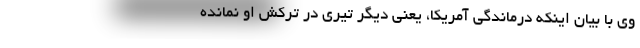
وی با بیان اینکه درماندگی آمریکا، یعنی دیگر تیری در ترکش او نمانده